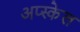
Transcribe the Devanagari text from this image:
अप्स्केल